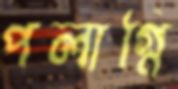
পলাগ্নি